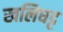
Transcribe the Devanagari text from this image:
खलिघट्ट